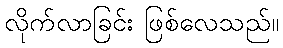
လိုက်လာခြင်း ဖြစ်လေသည်။